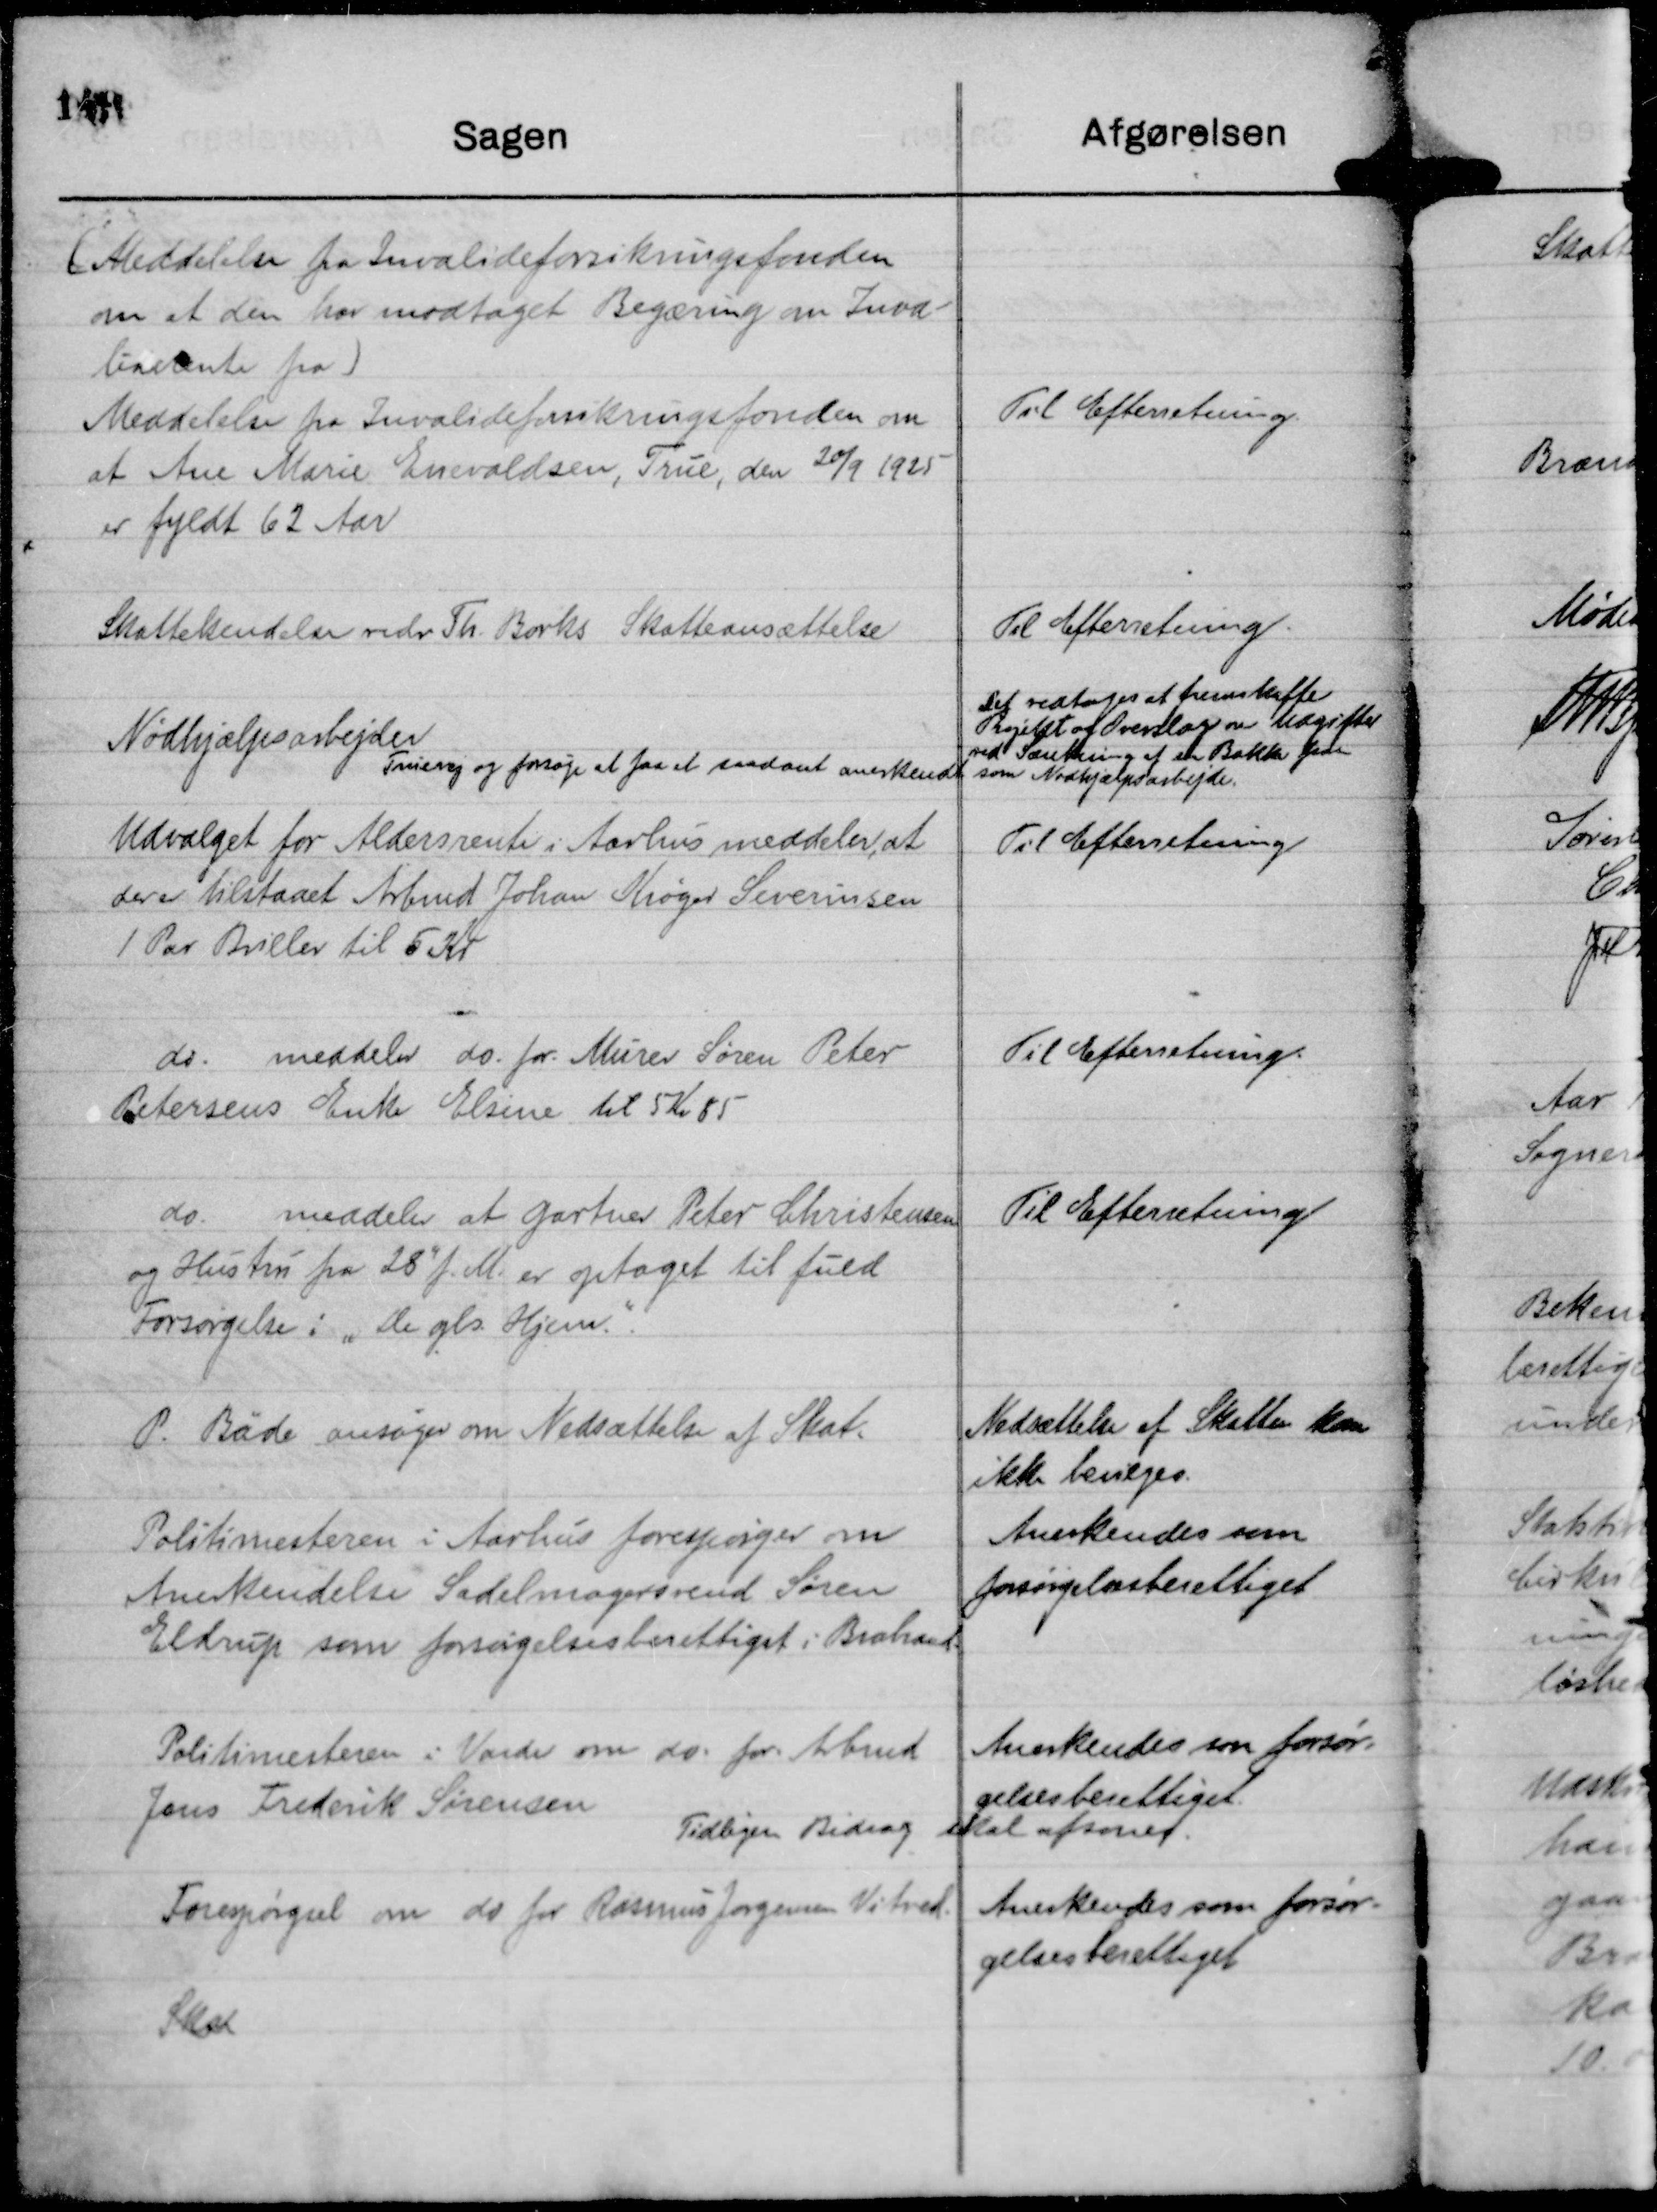
Transskription:
(Meddelelse fra Invalideforsikringsfonden
om at den har modtaget Begæring om Inva-
liderente fra)
Meddelelse fra Invalideforsikringsfonden om
at Ane Marie Enevoldsen, True, den 20/9 1925
er fyldt 62 Aar

Til Efterretning.

Skattekendelse vedr Th. Borks Skatteansættelse

Til Efterretning.

Nødhjælpsarbejder

Det vedtoges at fremskaffe
Projektet og Overslag over udgifter
ved Sænkning af en Bakke paa
Truevej og forsøge at faa et saadant anerkendt som Nødhjælpsarbejde.

Udvalget for Aldersrente i Aarhus meddeler, at
der er tilstaaet Arbmd Johan Krøger Severinsen
1 Par Briller til 5 Kr

Til Efterretning

do. meddeler do. for. Murer Søren Peter
Petersens Enke Elsine til 5 Kr 85

Til Efterretning.

do meddeler at Gartner Peter Christensen
og Hustru fra 28' f. M. er optaget til fuld
Forsørgelse i "De gls. Hjem"

Til Efterretning

P. Bäde ansøger om Nedsættelse af Skat.

Nedsættelse af Skatten kan
ikke bevilges.

Politimesteren i Aarhus forespørger om
Anerkendelse Sadelmagersvend Søren
Eldrup som forsørgelsesberettiget i Brabrand.

Anerkendes som
forsørgelsesberettiget

Politimesteren i Varde om do. for . Arbmd
Jens Frederik Sørensen

Anerkendes som forsør-
gelsesberettiget.
Tidligere Bidrag skal afsones.

Forespørgsel om do for Rasmus Jørgensen Vitved.
Skat

Anerkendes som forsør-
gelsesberettiget